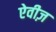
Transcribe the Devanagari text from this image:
ऐवीज़